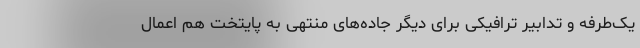
یک‌طرفه و تدابیر ترافیکی برای دیگر جاده‌های منتهی به پایتخت هم اعمال